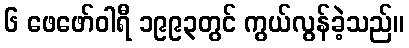
၆ ဖေဖော်ဝါရီ ၁၉၉၃တွင် ကွယ်လွန်ခဲ့သည်။